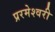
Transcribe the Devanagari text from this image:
प्ररमेश्वरी